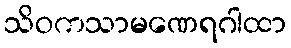
သိဝကသာမဏေရဂါထာ